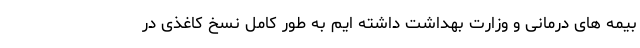
بیمه های درمانی و وزارت بهداشت داشته ایم به طور کامل نسخ کاغذی در